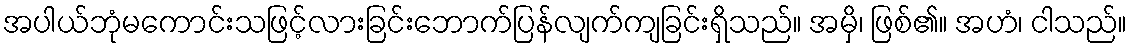
အပါယ်ဘုံမကောင်းသဖြင့်လားခြင်းဘောက်ပြန်လျက်ကျခြင်းရှိသည်။ အမှိ၊ ဖြစ်၏။ အဟံ၊ ငါသည်။